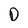
Character: D